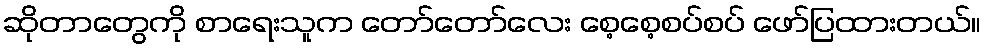
ဆိုတာတွေကို စာရေးသူက တော်တော်လေး စေ့စေ့စပ်စပ် ဖော်ပြထားတယ်။